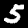
Label: 5